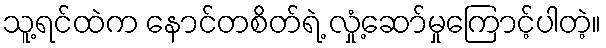
သူ့ရင်ထဲက နောင်တစိတ်ရဲ့ လှုံ့ဆော်မှုကြောင့်ပါတဲ့။